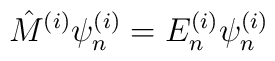
{\hat{M}}^{(i)}\psi^{(i)}_n = E^{(i)}_n\psi^{(i)}_n